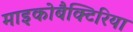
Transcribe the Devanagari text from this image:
माइकोबैक्टिरिया